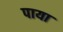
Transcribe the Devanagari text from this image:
पाया